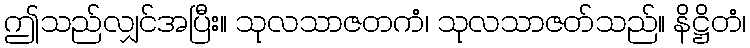
ဤသည်လျှင်အပြီး။ သုလသာဇတကံ၊ သုလသာဇတ်သည်။ နိဋ္ဌိတံ၊